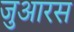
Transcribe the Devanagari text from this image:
जुआरस